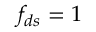
f _ { d s } = 1